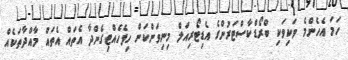
ހަމަ އެހެންމެ ވަކިވަކި ބްރޯޑްކާސްޓަރުންގެ އެޑިޓޯރިއަލް މިނިވަންކަން ހިފެހެއްޓިގެންދާ އެތައް އެތައް މާއްދާތަކެއް